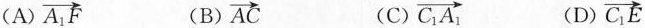
(A) \overrightarrow{A_{1}F} (B) \overrightarrow{AC} (C) \overrightarrow{C_{1}A_{1}} (D) \overrightarrow{C_{1}E}